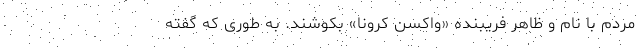
مردم با نام و ظاهر فریبنده «واکسن کرونا» بکوشند. به طوری که گفته